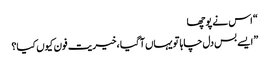
“ اس نے پوچھا
” ایسے بس دل چاہا تو یہاں آگیا ،خیریت فون کیوں کیا؟